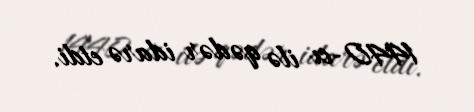
1440-cı ilə qədər idarə etdi.